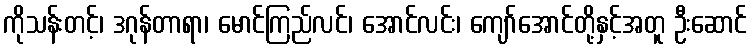
ကိုသန်းတင့်၊ ဒဂုန်တာရာ၊ မောင်ကြည်လင်၊ အောင်လင်း၊ ကျော်အောင်တို့နှင့်အတူ ဦးဆောင်